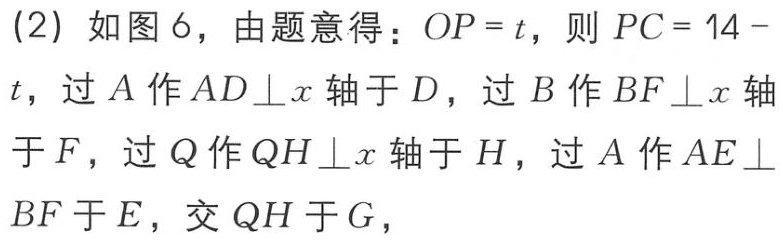
(2) 如图 6，由题意得：\(OP = t\)，则 \(PC = 14 - t\)，过 \(A\) 作 \(AD\perp x\) 轴于 \(D\)，过 \(B\) 作 \(BF\perp x\) 轴于 \(F\)，过 \(Q\) 作 \(QH\perp x\) 轴于 \(H\)，过 \(A\) 作 \(AE\perp BF\) 于 \(E\)，交 \(QH\) 于 \(G\)，